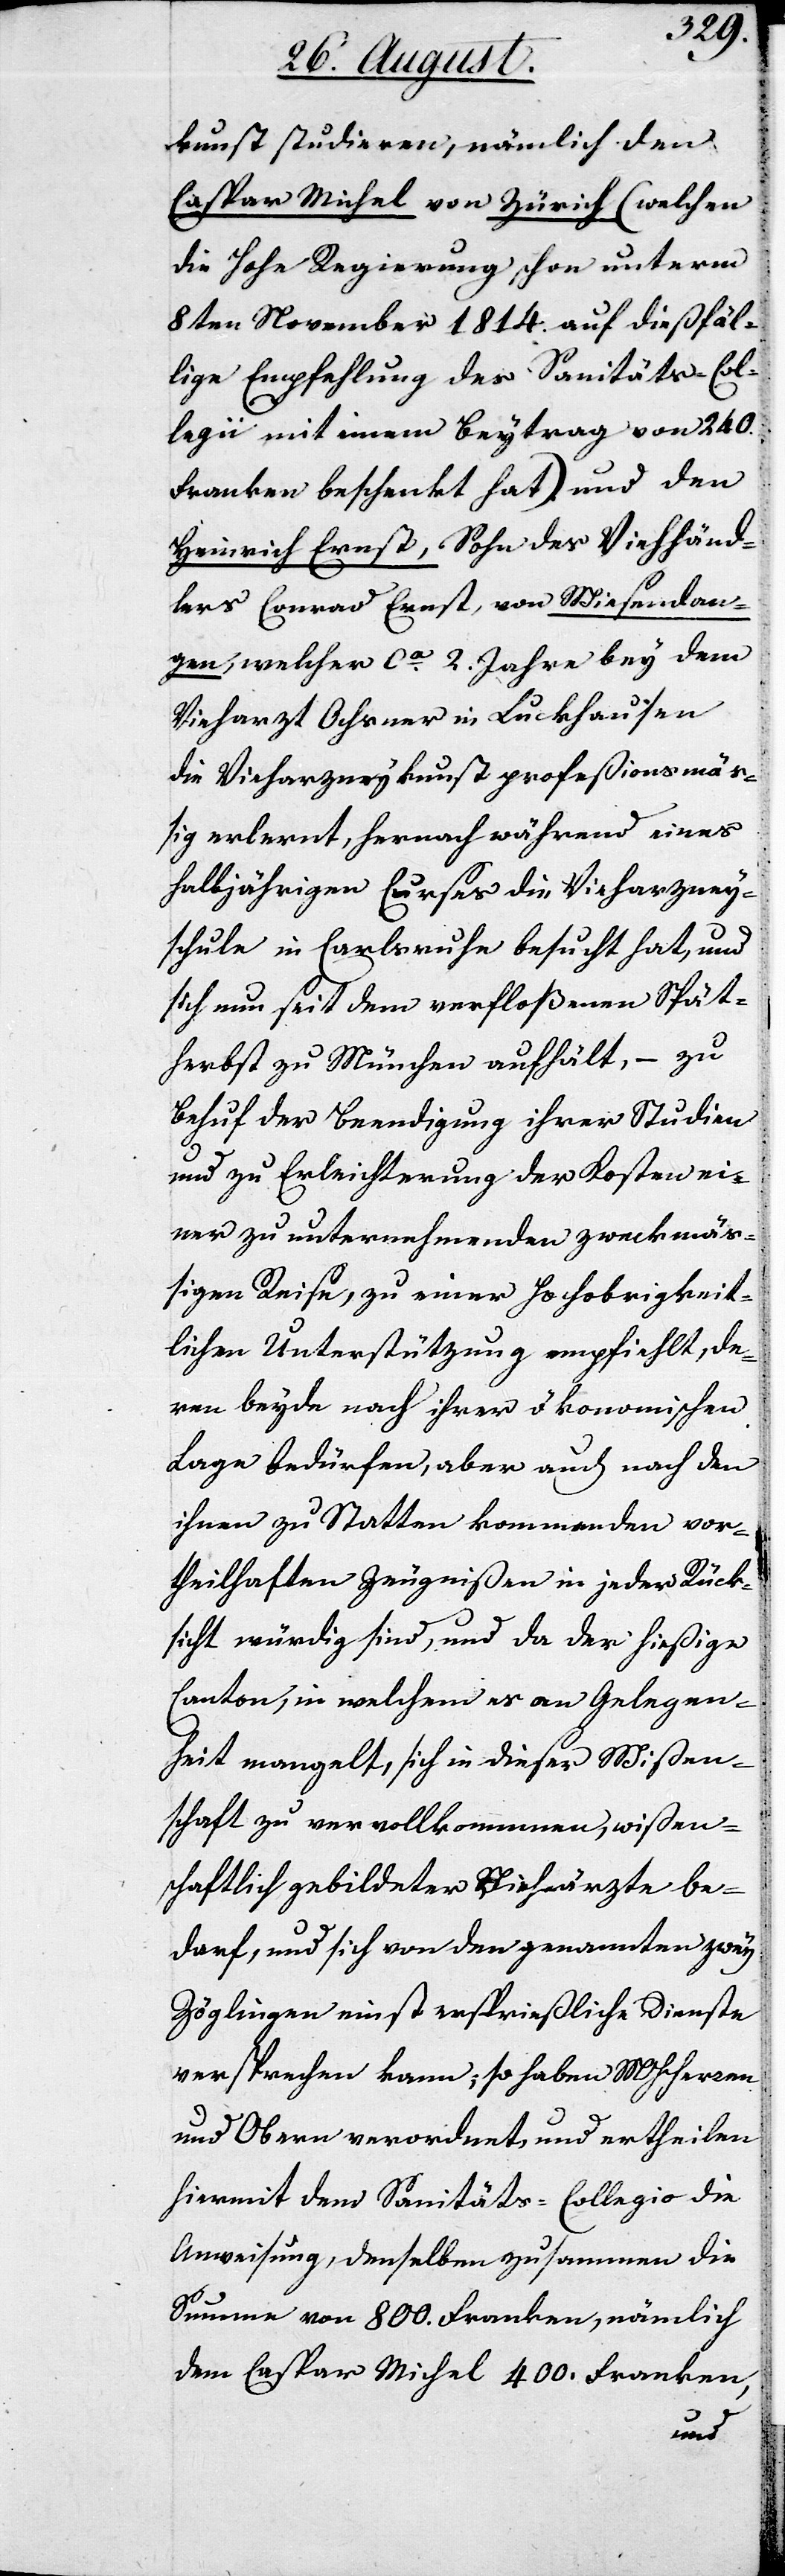
kunst studieren, nämlich den
Caspar Michel von Zürich (welchen
die Hohe Regierung schon unterm
8ten Novenber 1814 auf dießfäl¬
lige Empfehlung des Sanitäts-Col¬
legii mit einem Beytrag von 240.
Franken beschenkt hat) und den
Heinrich Ernst, Sohn des Viehhänd¬
lers Conrad Ernst, von Wiesendan¬
gen, welcher ca. 2 Jahre bey dem
Vieharzt Ochsner in Luckhausen
die Vieharzneykunst profeßionsmäß¬
ig erlernt, hernach während eines
halbjährigen Cursus die Vieharzney¬
schule in Carlsruhe besucht hat, und
sich nun seit dem verfloßenen Spät¬
herbst zu München aufhält, – zu
Behuf der Beendigung ihrer Studien
und zu Erleichterung der Kosten ei¬
ner zu unternehmenden zweckmäß¬
igen Reise, zu einer Hochobrigkeit¬
lichen Unterstützung empfiehlt, de¬
ren beyde nach ihrer ökonomischen
Lage bedürfen, aber auch nach den
ihnen zu Statten kommenden vor¬
theilhaften Zeugniße in jeder Rück¬
sicht würdig sind, und das der hießige
Canton, in welchem es an Gelegen¬
heit mangelt, sich in dieser Wißen¬
schaft zu vervollkommnen, wißen¬
schaftlich gebildeter Viehärzte be¬
darf und sich von den genannten zwey
Zöglingen einst ersprießliche Dienste
versprechen kann; so haben MHHerren
und Obern verordnet, und ertheilen
hiermit dem Sanitäts-Collegio die
Anweisung, denselben zusammen die
Summe von 800. Franken, nämlich
dem Caspar Michel 400. Franken,